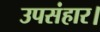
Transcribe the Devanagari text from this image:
उपसंहार।